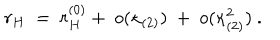
LaTeX: r _ { H } \ = \ r _ { H } ^ { ( 0 ) } + \ o ( \kappa _ { ( 2 ) } ) \ + \ o ( \kappa _ { ( 2 ) } ^ { 2 } ) \ .